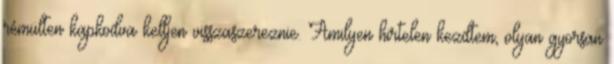
rémülten kapkodva kelljen visszaszereznie. Amilyen hirtelen kezdtem, olyan gyorsan